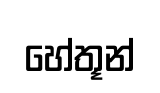
හේතූන්